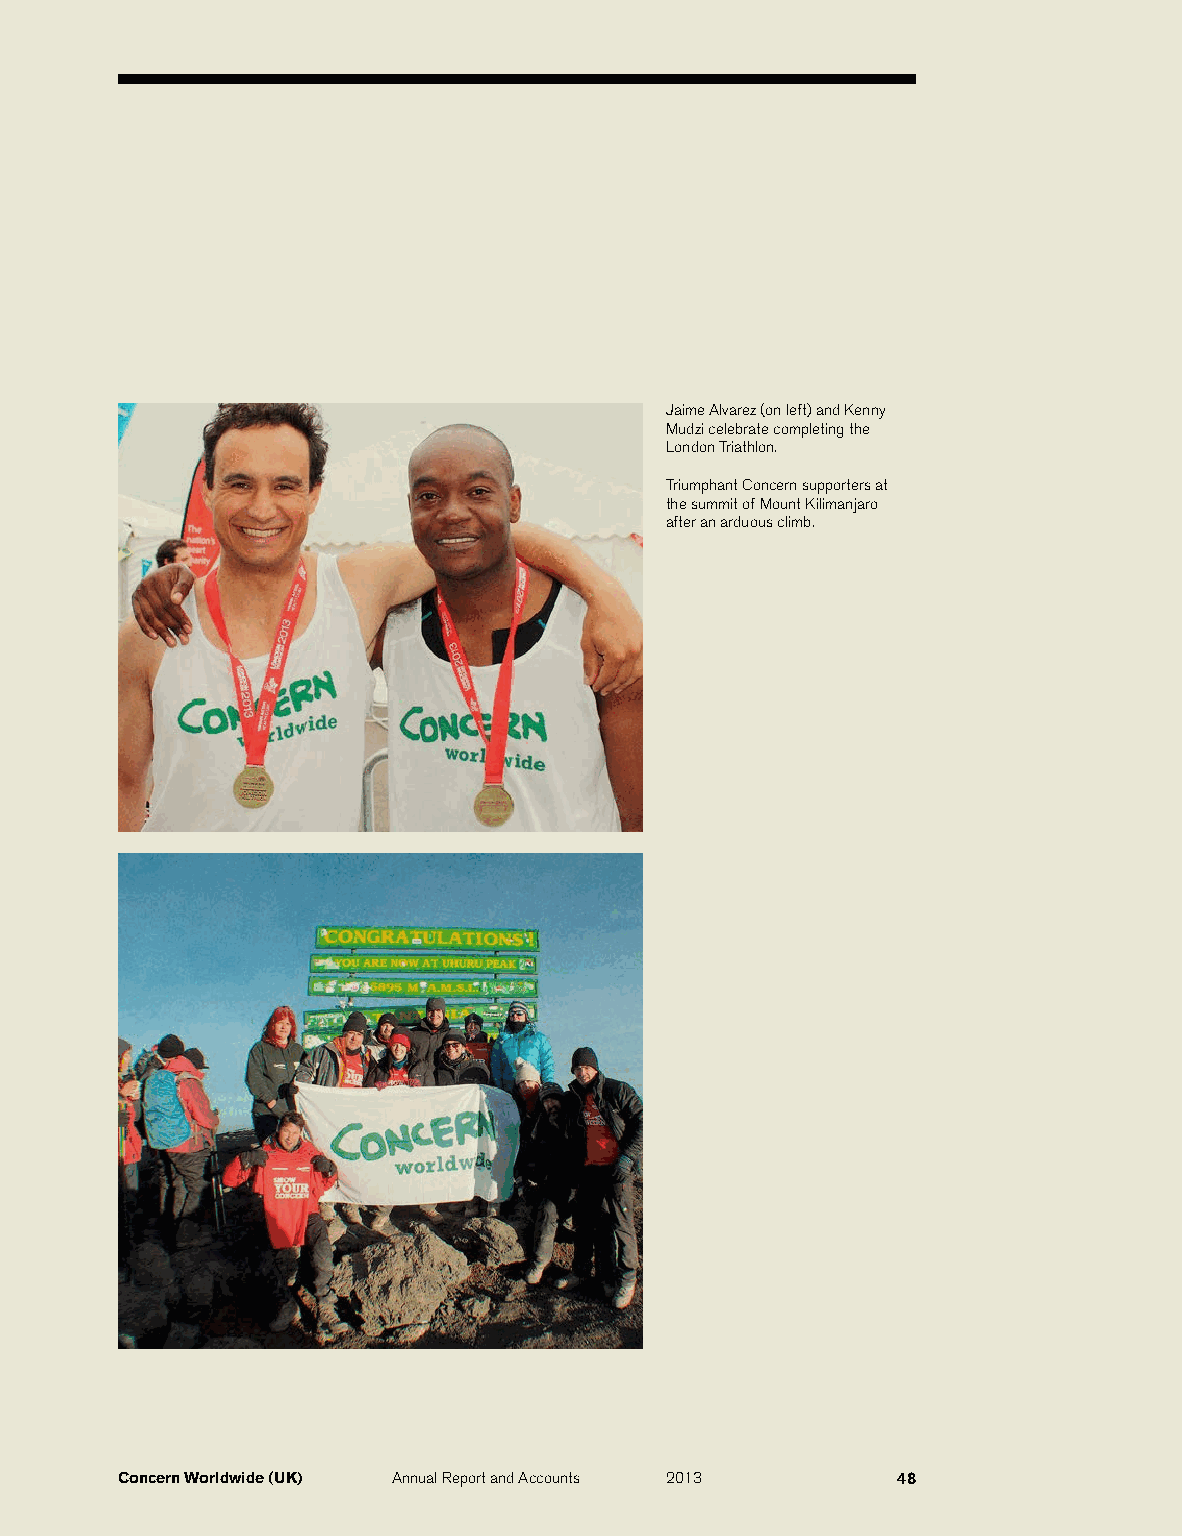
Jaime Alvarez (on left) and Kenny
 Mudzi celebrate completing the
 London Triathlon.
 Triumphant Concern supporters at
 the summit of Mount Kilimanjaro
 after an arduous climb.
 Concern Worldwide (UK) Annual Report and Accounts 2013 48